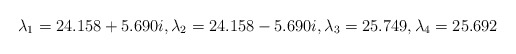
\begin{align*}\lambda_1 = 24.158+ 5.690 i, \lambda_2 = 24.158- 5.690 i,\lambda_3 =25.749, \lambda_4 = 25.692\end{align*}